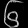
Digit: ၆